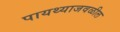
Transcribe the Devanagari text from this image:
पायथ्याजवळील